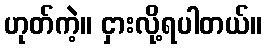
ဟုတ်ကဲ့။ ငှားလို့ရပါတယ်။